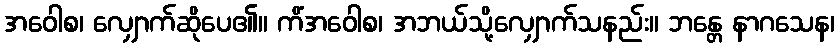
အဝေါစ၊ လျှောက်ဆိုပေ၏။ ကိံအဝေါစ၊ အဘယ်သို့လျှောက်သနည်း။ ဘန္တေ နာဂသေန၊